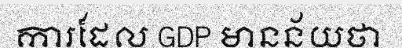
ការដែល GDP មានន័យថា